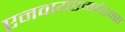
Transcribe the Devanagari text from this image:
एनवायएमईएक्स